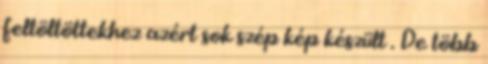
feltöltöttekhez azért sok szép kép készült . De több